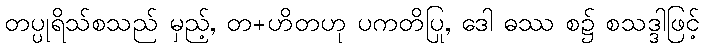
တပ္ပုရိသ်စသည် မှည့်, တ+ဟိတဟု ပကတိပြု, ဒေါ ဓဿ စ၌ စသဒ္ဒါဖြင့်